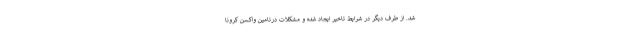
شد. از طرف دیگر در شرایط تاخیر ایجاد شده و مشکلات درتامین واکسن کرونا